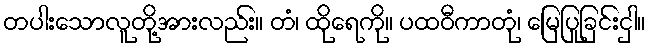
တပါးသောလူတို့အားလည်း။ တံ၊ ထိုရေကို။ ပထဝီကာတုံ၊ မြေပြုခြင်းငှါ။